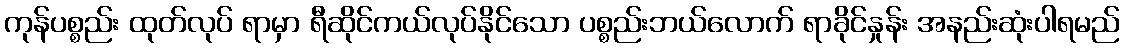
ကုန်ပစ္စည်း ထုတ်လုပ် ရာမှာ ရီဆိုင်ကယ်လုပ်နိုင်သော ပစ္စည်းဘယ်လောက် ရာခိုင်နှုန်း အနည်းဆုံးပါရမည်